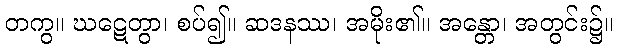
တကွ။ ဃဋေတွာ၊ စပ်၍။ ဆဒနဿ၊ အမိုး၏။ အန္တော၊ အတွင်း၌။